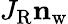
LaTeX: J_{\mathrm{R}}\mathbf{n}_{\mathrm{w}}